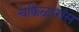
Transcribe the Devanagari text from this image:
चेक्किऴारांस